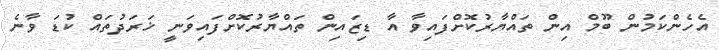
އެހެންކަމުން ބޫމް އިން ތައްޔާރުކޮށްފައިވާ އާ ޑިޒައިން ތައްޔާރުކޮށްފައިވަނީ ޚަރަދުތައް ކުޑަ ވާނެ